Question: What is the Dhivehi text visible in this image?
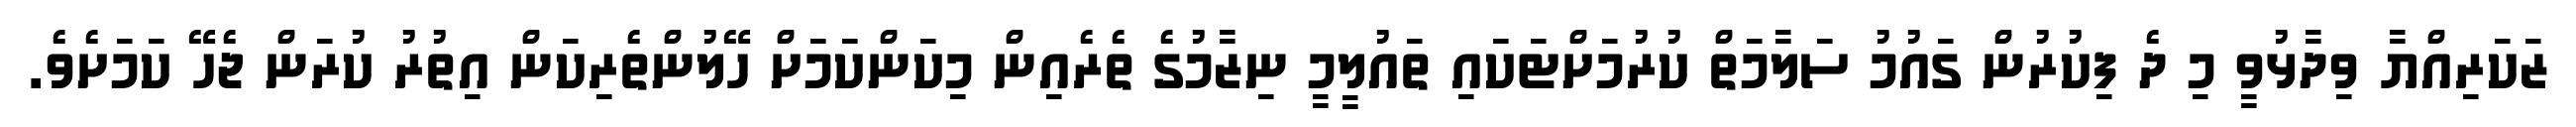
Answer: ޒަކަރިއްޔާ ވިދާޅުވީ މި ދެ ފިކުރުން ގައުމު ސަލާމަތް ކުރުމަށްޓަކައި ތައުލީމީ ނިޒާމުގެ ތެރެއިން މިކަންކަމަށް ހޭލުންތެރިކަން އިތުރު ކުރަން ޖެހޭ ކަމަށެވެ.